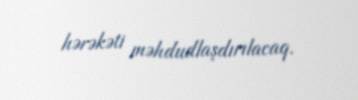
hərəkəti məhdudlaşdırılacaq.